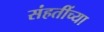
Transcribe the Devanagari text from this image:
संहतींच्या